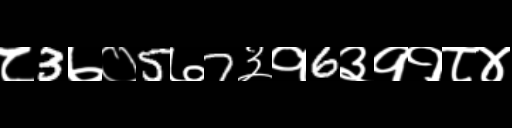
Text: ८3७०5७7३१6३११८४